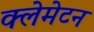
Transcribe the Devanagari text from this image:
क्लेमेटन